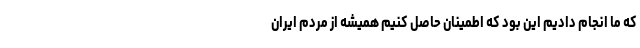
که ما انجام دادیم این بود که اطمینان حاصل کنیم همیشه از مردم ایران